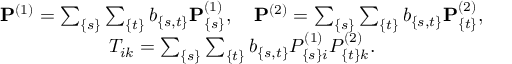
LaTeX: \begin{array} { c } { { { \bf P } ^ { ( 1 ) } = \sum _ { \{ s \} } \sum _ { \{ t \} } b _ { \{ s , t \} } { \bf P } _ { \{ s \} } ^ { ( 1 ) } , \quad { \bf P } ^ { ( 2 ) } = \sum _ { \{ s \} } \sum _ { \{ t \} } b _ { \{ s , t \} } { \bf P } _ { \{ t \} } ^ { ( 2 ) } , } } \\ { { T _ { i k } = \sum _ { \{ s \} } \sum _ { \{ t \} } b _ { \{ s , t \} } P _ { \{ s \} i } ^ { ( 1 ) } P _ { \{ t \} k } ^ { ( 2 ) } . } } \end{array}